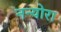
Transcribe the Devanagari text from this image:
नन्योरा